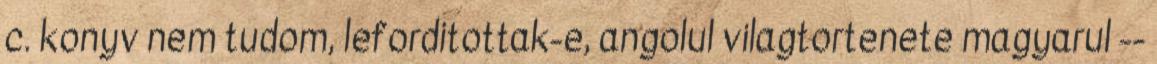
c. konyv nem tudom, leforditottak-e, angolul vilagtortenete magyarul --